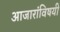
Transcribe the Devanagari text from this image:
आजारांविषयी